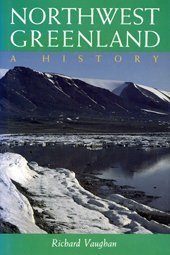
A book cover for Northwest Greenland: A History; Richard Vaughan; History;